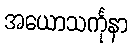
အယောသင်္ကုနာ